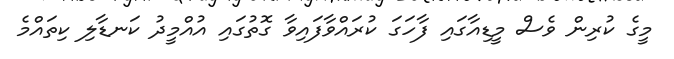
މީގެ ކުރިން ވެސް މީޑިއާގައި ފާހަގަ ކުރައްވާފައިވާ ގޮތުގައި އުއްމީދު ކަނޑާލި ކިތައްމެ